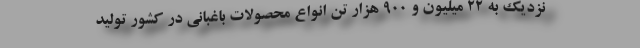
نزدیک به ۲۲ میلیون و ۹۰۰ هزار تن انواع محصولات باغبانی در کشور تولید